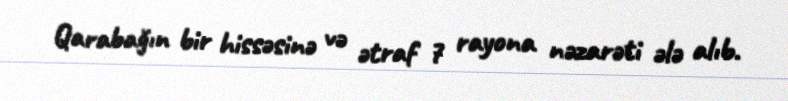
Qarabağın bir hissəsinə və ətraf 7 rayona nəzarəti ələ alıb.